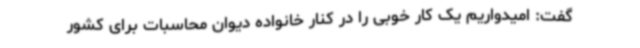
گفت: امیدواریم یک کار خوبی را در کنار خانواده دیوان محاسبات برای کشور